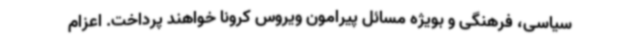
سیاسی، فرهنگی و بویژه مسائل پیرامون ویروس کرونا خواهند پرداخت. اعزام